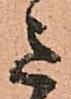
意